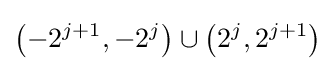
\left(-2^{j+1},-2^{j}\right)\cup \left(2^{j},2^{j+1}\right)